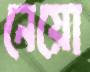
নেয়ো